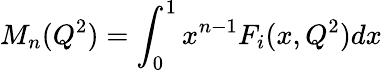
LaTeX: M_{n}(Q^{2})=\int_{0}^{1}x^{n-1}F_{i}(x,Q^{2})dx